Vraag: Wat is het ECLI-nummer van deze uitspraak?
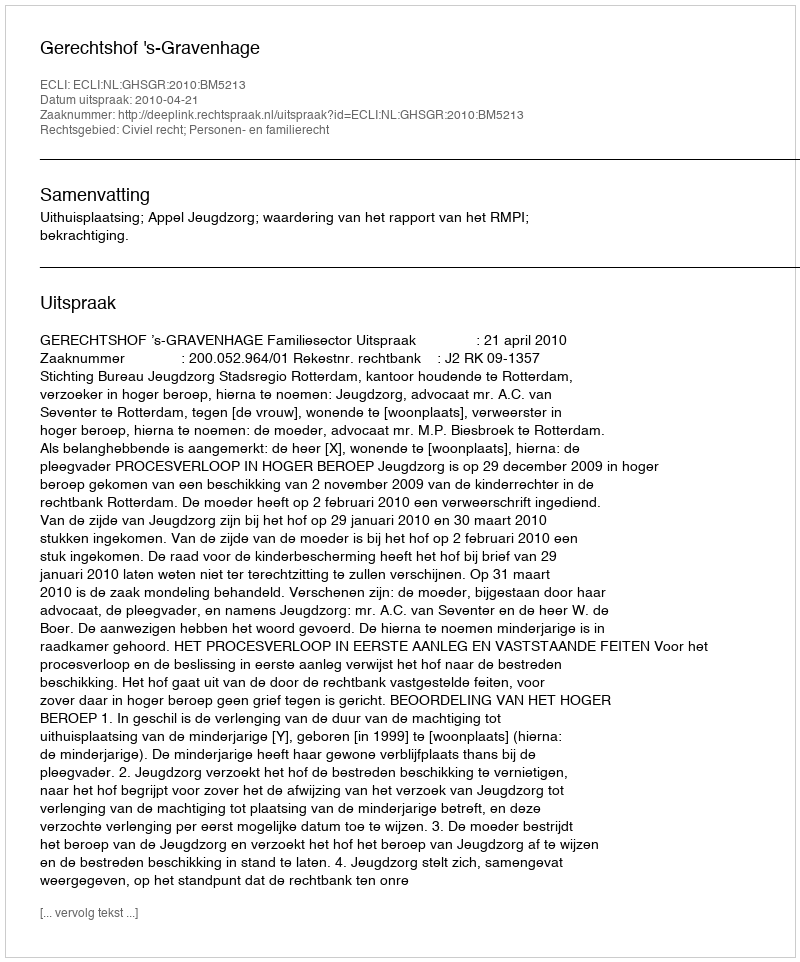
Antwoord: ECLI:NL:GHSGR:2010:BM5213